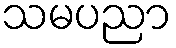
သမပညာ